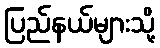
ပြည်နယ်များသို့